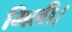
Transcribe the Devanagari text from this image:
मिली।